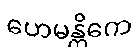
ဟေမန္တိကေ